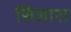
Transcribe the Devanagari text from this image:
सिजारा